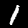
Label: 1